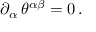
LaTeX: \partial _ { \alpha } \, \theta ^ { \alpha \beta } = 0 \, .